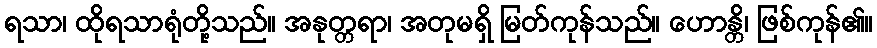
ရသာ၊ ထိုရသာရုံတို့သည်။ အနုတ္တရာ၊ အတုမရှိ မြတ်ကုန်သည်။ ဟောန္တိ၊ ဖြစ်ကုန်၏။